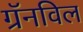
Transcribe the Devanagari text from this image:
ग्रॅनविल